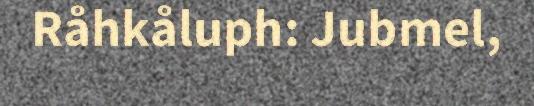
Råhkåluph: Jubmel,